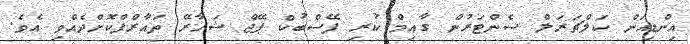
އިންޑިއަން ކަލްޗަރަލް ސެންޓަރުން ގާއިމް ކުރި ފޭސްބުކް ޕޭޖް ޝަހާރޭ ތައާރްފްކޮށްދެއްވި އެވެ.